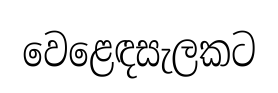
වෙළෙඳසැලකට